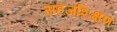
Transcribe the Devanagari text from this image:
सहजशिक्षण